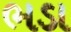
ભડા